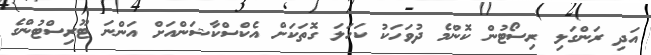
އަދި ރަންގަލި ރިިސޯޓުން ކޮންމެ ދުވަހަކު ކަހަލަ ގޮތަކަށް އެކްސްކާޝަންއަށް އަންނަ ޓޫރިސްޓުންގެ